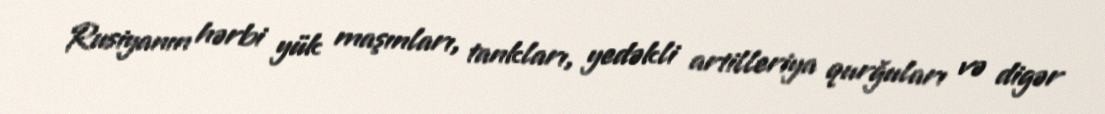
Rusiyanın hərbi yük maşınları, tankları, yedəkli artilleriya qurğuları və digər